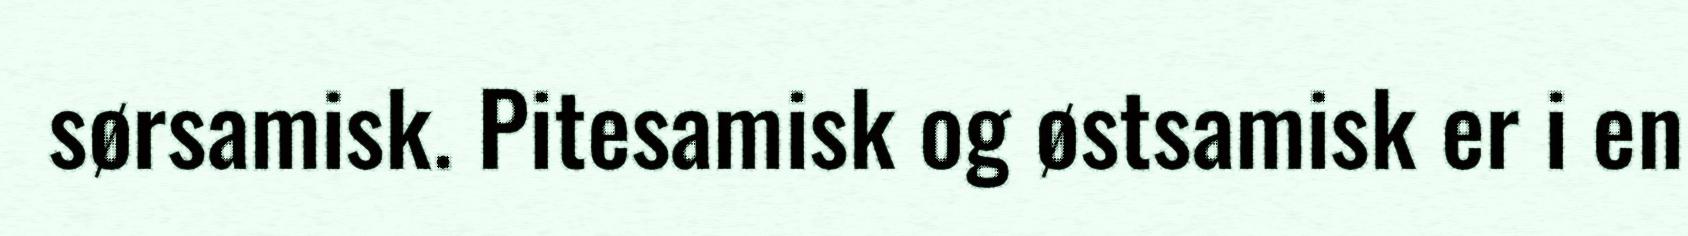
sørsamisk. Pitesamisk og østsamisk er i en